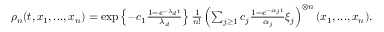
\begin{array} { r } { \rho _ { n } ( t , x _ { 1 } , . . . , x _ { n } ) = \exp \left\{ - c _ { 1 } \frac { 1 - e ^ { - \lambda _ { d } t } } { \lambda _ { d } } \right\} \frac { 1 } { n ! } \left( \sum _ { j \geq 1 } c _ { j } \frac { 1 - e ^ { - \alpha _ { j } t } } { \alpha _ { j } } \xi _ { j } \right) ^ { \otimes n } ( x _ { 1 } , . . . , x _ { n } ) . } \end{array}